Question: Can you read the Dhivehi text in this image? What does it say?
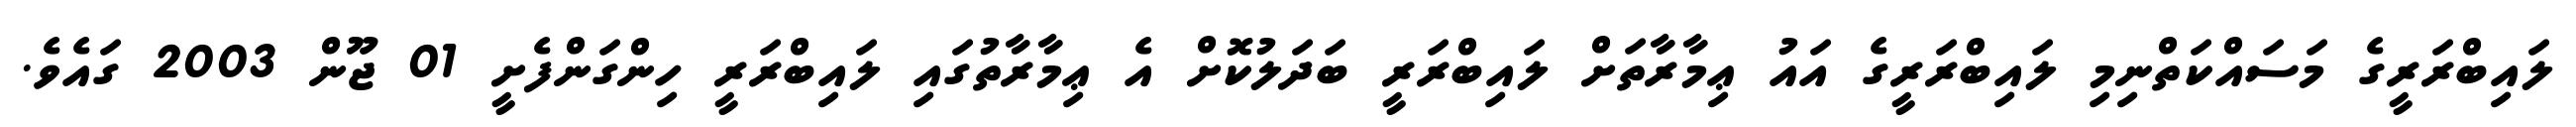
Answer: ލައިބްރަރީގެ މަސައްކަތްނިމި ލައިބްރަރީގެ އައު ޢިމާރާތަށް ލައިބްރަރީ ބަދަލުކޮށް އެ ޢިމާރާތުގައި ލައިބްރަރީ ހިންގަންފެށީ 01 ޖޫން 2003 ގައެވެ.